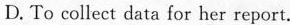
D. To collect data for her report.